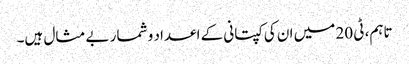
تاہم، ٹی 20 میں ان کی کپتانی کے اعداد و شمار بے مثال ہیں۔